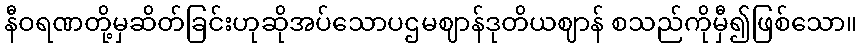
နီဝရဏတို့မှဆိတ်ခြင်းဟုဆိုအပ်သောပဌမဈာန်ဒုတိယဈာန် စသည်ကိုမှီ၍ဖြစ်သော။